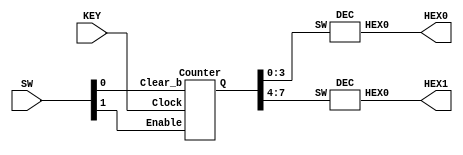
module Counter_demo(SW, KEY, HEX0, HEX1);
    input [1:0] SW;
    input [0:0] KEY;
    output [6:0] HEX0, HEX1;

    wire [7:0] wires;

    Counter c0(wires, KEY[0], SW[0], SW[1]);

    DEC H0(wires[3:0], HEX0);
    DEC H1(wires[7:4], HEX1);

endmodule

module Counter(Q, Clock, Clear_b, Enable);
    input Clock, Clear_b, Enable;
    output [7:0] Q;

    wire [6:0] wires;

    My_TFF t0(Q[0], Enable, Clock, Clear_b);
    and(wires[0], Enable, Q[0]);
    My_TFF t1(Q[1], wires[0], Clock, Clear_b);
    and(wires[1], wires[0], Q[1]);
    My_TFF t2(Q[2], wires[1], Clock, Clear_b);
    and(wires[2], wires[1], Q[2]);
    My_TFF t3(Q[3], wires[2], Clock, Clear_b);
    and(wires[3], wires[2], Q[3]);
    My_TFF t4(Q[4], wires[3], Clock, Clear_b);
    and(wires[4], wires[3], Q[4]);
    My_TFF t5(Q[5], , Clock, Clear_b);
    and(wires[5], wires[4], Q[5]);
    My_TFF t6(Q[6], wires[5], Clock, Clear_b);
    and(wires[6], wires[5], Q[6]);
    My_TFF t7(Q[7], wires[6], Clock, Clear_b);

endmodule

module My_TFF(Q, T, clk, reset_n);
    input T, clk, reset_n;
    output reg Q;

    always @(posedge clk, negedge reset_n) begin
        if (reset_n == 1'b0)
            Q <= 1'b0;
        else begin
            if (T == 1'b1)
                Q <= ~Q;
            else
                Q <= Q;
        end
    end

endmodule

module DEC(SW, HEX0);
    input [3:0] SW;
    output [6:0] HEX0;

    assign HEX0[0] = (~SW[3]&~SW[2]&~SW[1]&SW[0]) | (~SW[3]&SW[2]&~SW[1]&~SW[0]) | (SW[3]&SW[2]&~SW[1]&SW[0]) | (SW[3]&~SW[2]&SW[1]&SW[0]);
    assign HEX0[1] = (~SW[3]&SW[2]&~SW[1]&SW[0]) | (SW[2]&SW[1]&~SW[0]) | (SW[3]&SW[2]&~SW[0]) | (SW[3]&SW[1]&SW[0]);
    assign HEX0[2] = (~SW[3]&~SW[2]&SW[1]&~SW[0]) | (SW[3]&SW[2]&~SW[0]) | (SW[3]&SW[2]&SW[1]);
    assign HEX0[3] = (~SW[3]&SW[2]&~SW[1]&~SW[0]) | (SW[3]&~SW[2]&SW[1]&~SW[0]) | (~SW[2]&~SW[1]&SW[0]) | (SW[2]&SW[1]&SW[0]);
    assign HEX0[4] = (~SW[3]&SW[2]&~SW[1]) | (~SW[2]&~SW[1]&SW[0]) | (~SW[3]&SW[0]);
    assign HEX0[5] = (SW[3]&SW[2]&~SW[1]&SW[0]) | (~SW[3]&~SW[2]&SW[0]) | (~SW[3]&~SW[2]&SW[1]) | (~SW[3]&SW[1]&SW[0]);
    assign HEX0[6] = (~SW[3]&~SW[2]&~SW[1]) | (~SW[3]&SW[2]&SW[1]&SW[0]) | (SW[3]&SW[2]&~SW[1]&~SW[0]);

endmodule